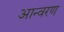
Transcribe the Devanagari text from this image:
आन्वरण